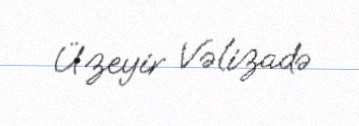
Üzeyir Vəlizadə